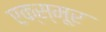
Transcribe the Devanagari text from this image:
एक्स्मूर